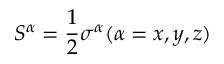
S ^ { \alpha } = \frac { 1 } { 2 } \sigma ^ { \alpha } ( \alpha = x , y , z )